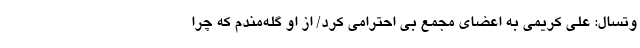
وتسال: علی کریمی به اعضای مجمع بی احترامی کرد/ از او گله‌مندم که چرا